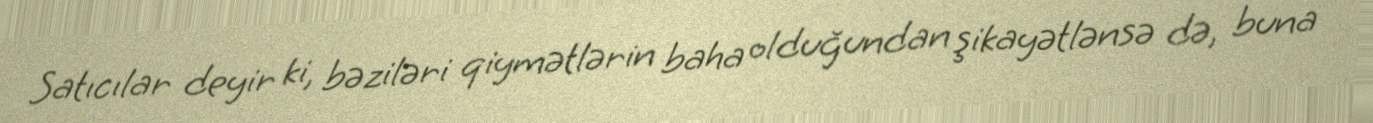
Satıcılar deyir ki, bəziləri qiymətlərin baha olduğundan şikayətlənsə də, buna